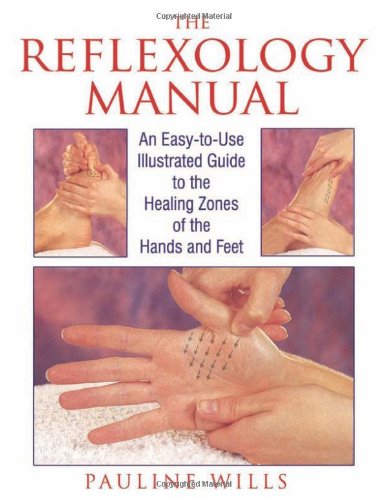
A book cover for The Reflexology Manual: An Easy-to-Use Illustrated Guide to the Healing Zones of the Hands and Feet; Pauline Wills; Health, Fitness & Dieting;